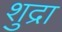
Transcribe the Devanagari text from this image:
शुद्रा